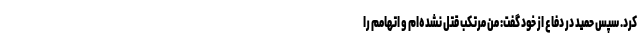
کرد. سپس حمید در دفاع از خود گفت: من مرتکب قتل نشده‌ام و اتهامم را